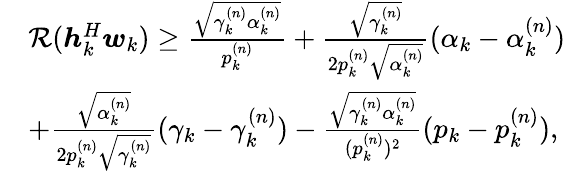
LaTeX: \begin{array}{rl}&{\mathcal R(\boldsymbol h_{k}^{H}\boldsymbol w_{k})\geq\frac{\sqrt{\gamma_{k}^{(n)}\alpha_{k}^{(n)}}}{p_{k}^{(n)}}+\frac{\sqrt{\gamma_{k}^{(n)}}}{2p_{k}^{(n)}\sqrt{\alpha_{k}^{(n)}}}(\alpha_{k}-\alpha_{k}^{(n)})}\\ &{+\frac{\sqrt{\alpha_{k}^{(n)}}}{2p_{k}^{(n)}\sqrt{\gamma_{k}^{(n)}}}(\gamma_{k}-\gamma_{k}^{(n)})-\frac{\sqrt{\gamma_{k}^{(n)}\alpha_{k}^{(n)}}}{(p_{k}^{(n)})^{2}}(p_{k}-p_{k}^{(n)}),}\end{array}